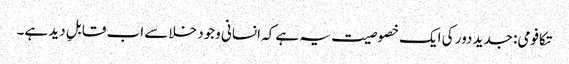
تکافومی: جدید دور کی ایک خصوصیت یہ ہے کہ انسانی وجود خلا سے اب قابلِ دید ہے۔